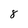
Character: 8